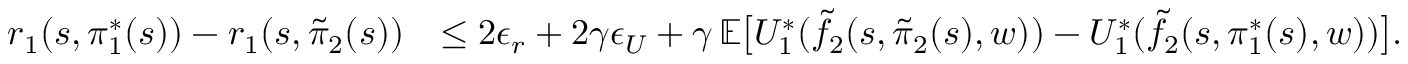
\begin{array} { r l } { r _ { 1 } ( s , \pi _ { 1 } ^ { * } ( s ) ) - r _ { 1 } ( s , \tilde { \pi } _ { 2 } ( s ) ) } & { \leq 2 \boldsymbol { \epsilon } _ { r } + 2 \gamma \boldsymbol { \epsilon } _ { U } + \gamma \, \mathbb { E } \bigl [ U _ { 1 } ^ { * } ( \tilde { f } _ { 2 } ( s , \tilde { \pi } _ { 2 } ( s ) , w ) ) - U _ { 1 } ^ { * } ( \tilde { f } _ { 2 } ( s , \pi _ { 1 } ^ { * } ( s ) , w ) ) \bigr ] . } \end{array}